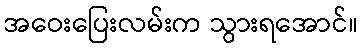
အဝေးပြေးလမ်းက သွားရအောင်။